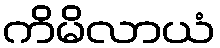
ကိမိလာယံ